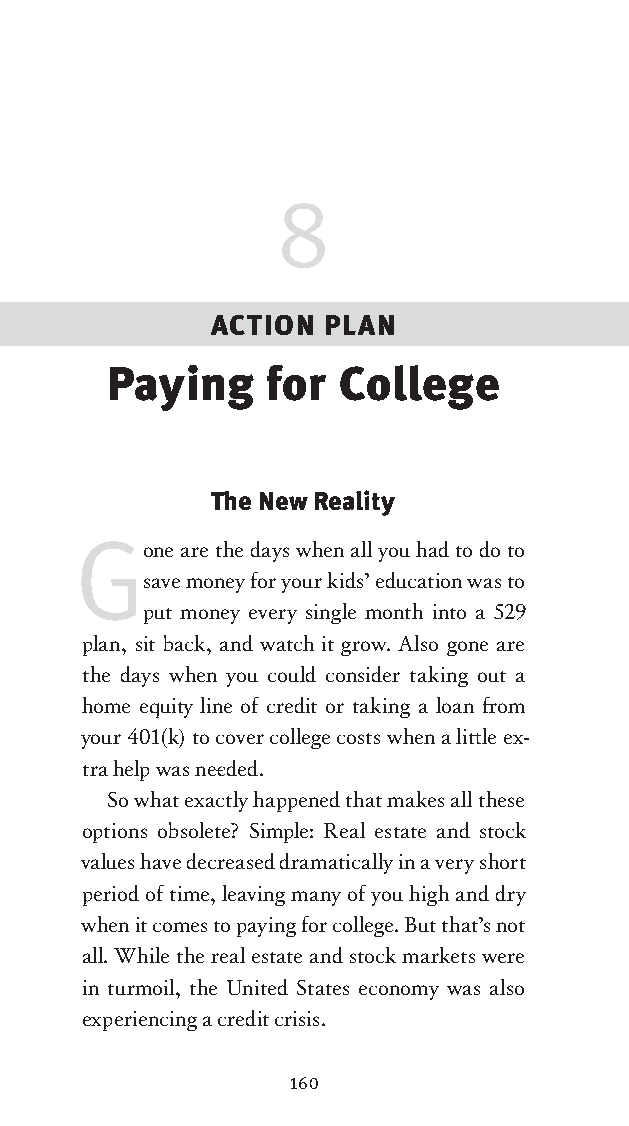
8
 ACTION  PLAN
 Paying     for  College
 The New Reality
 G
 one are the days when all you had to do to
 save money for your kids’ education was to
 put money every single month into a 529
 plan, sit back, and watch it grow. Also gone are
 the days when you could consider taking out a
 home equity line of credit or taking a loan fr om
 your 401(k) to cover college costs when a litt le ex-
 tra help was nee ded.
 So what exactly happened that makes all these
 options obsolete? Simple: Real estate and stock
 values have decreased dramatically in a very short
 period of time, leaving many of you high and dry
 when it comes to paying for college. But that’s not
 all. While the real estate and stock markets were
 in turmoil, the United States economy was also
 experiencing a credit crisis.
 160
 OOrrmmaa__99778800338855553300993344__44pp__aallll__rr11..iinndddd 116600 1122//33//0088 99::3311::3322 AAMM